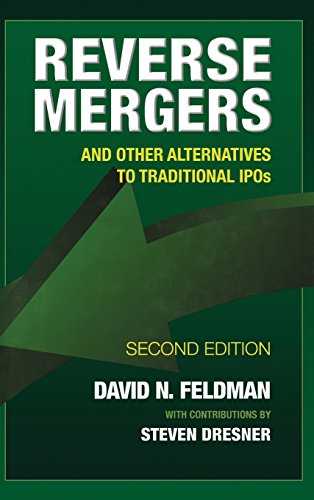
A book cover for Reverse Mergers: And Other Alternatives to Traditional IPOs; David N. Feldman; Business & Money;